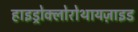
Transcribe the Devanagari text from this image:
हाइड्रोक्लोरोथायज़ाइड